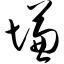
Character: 慊